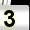
Digit: 3